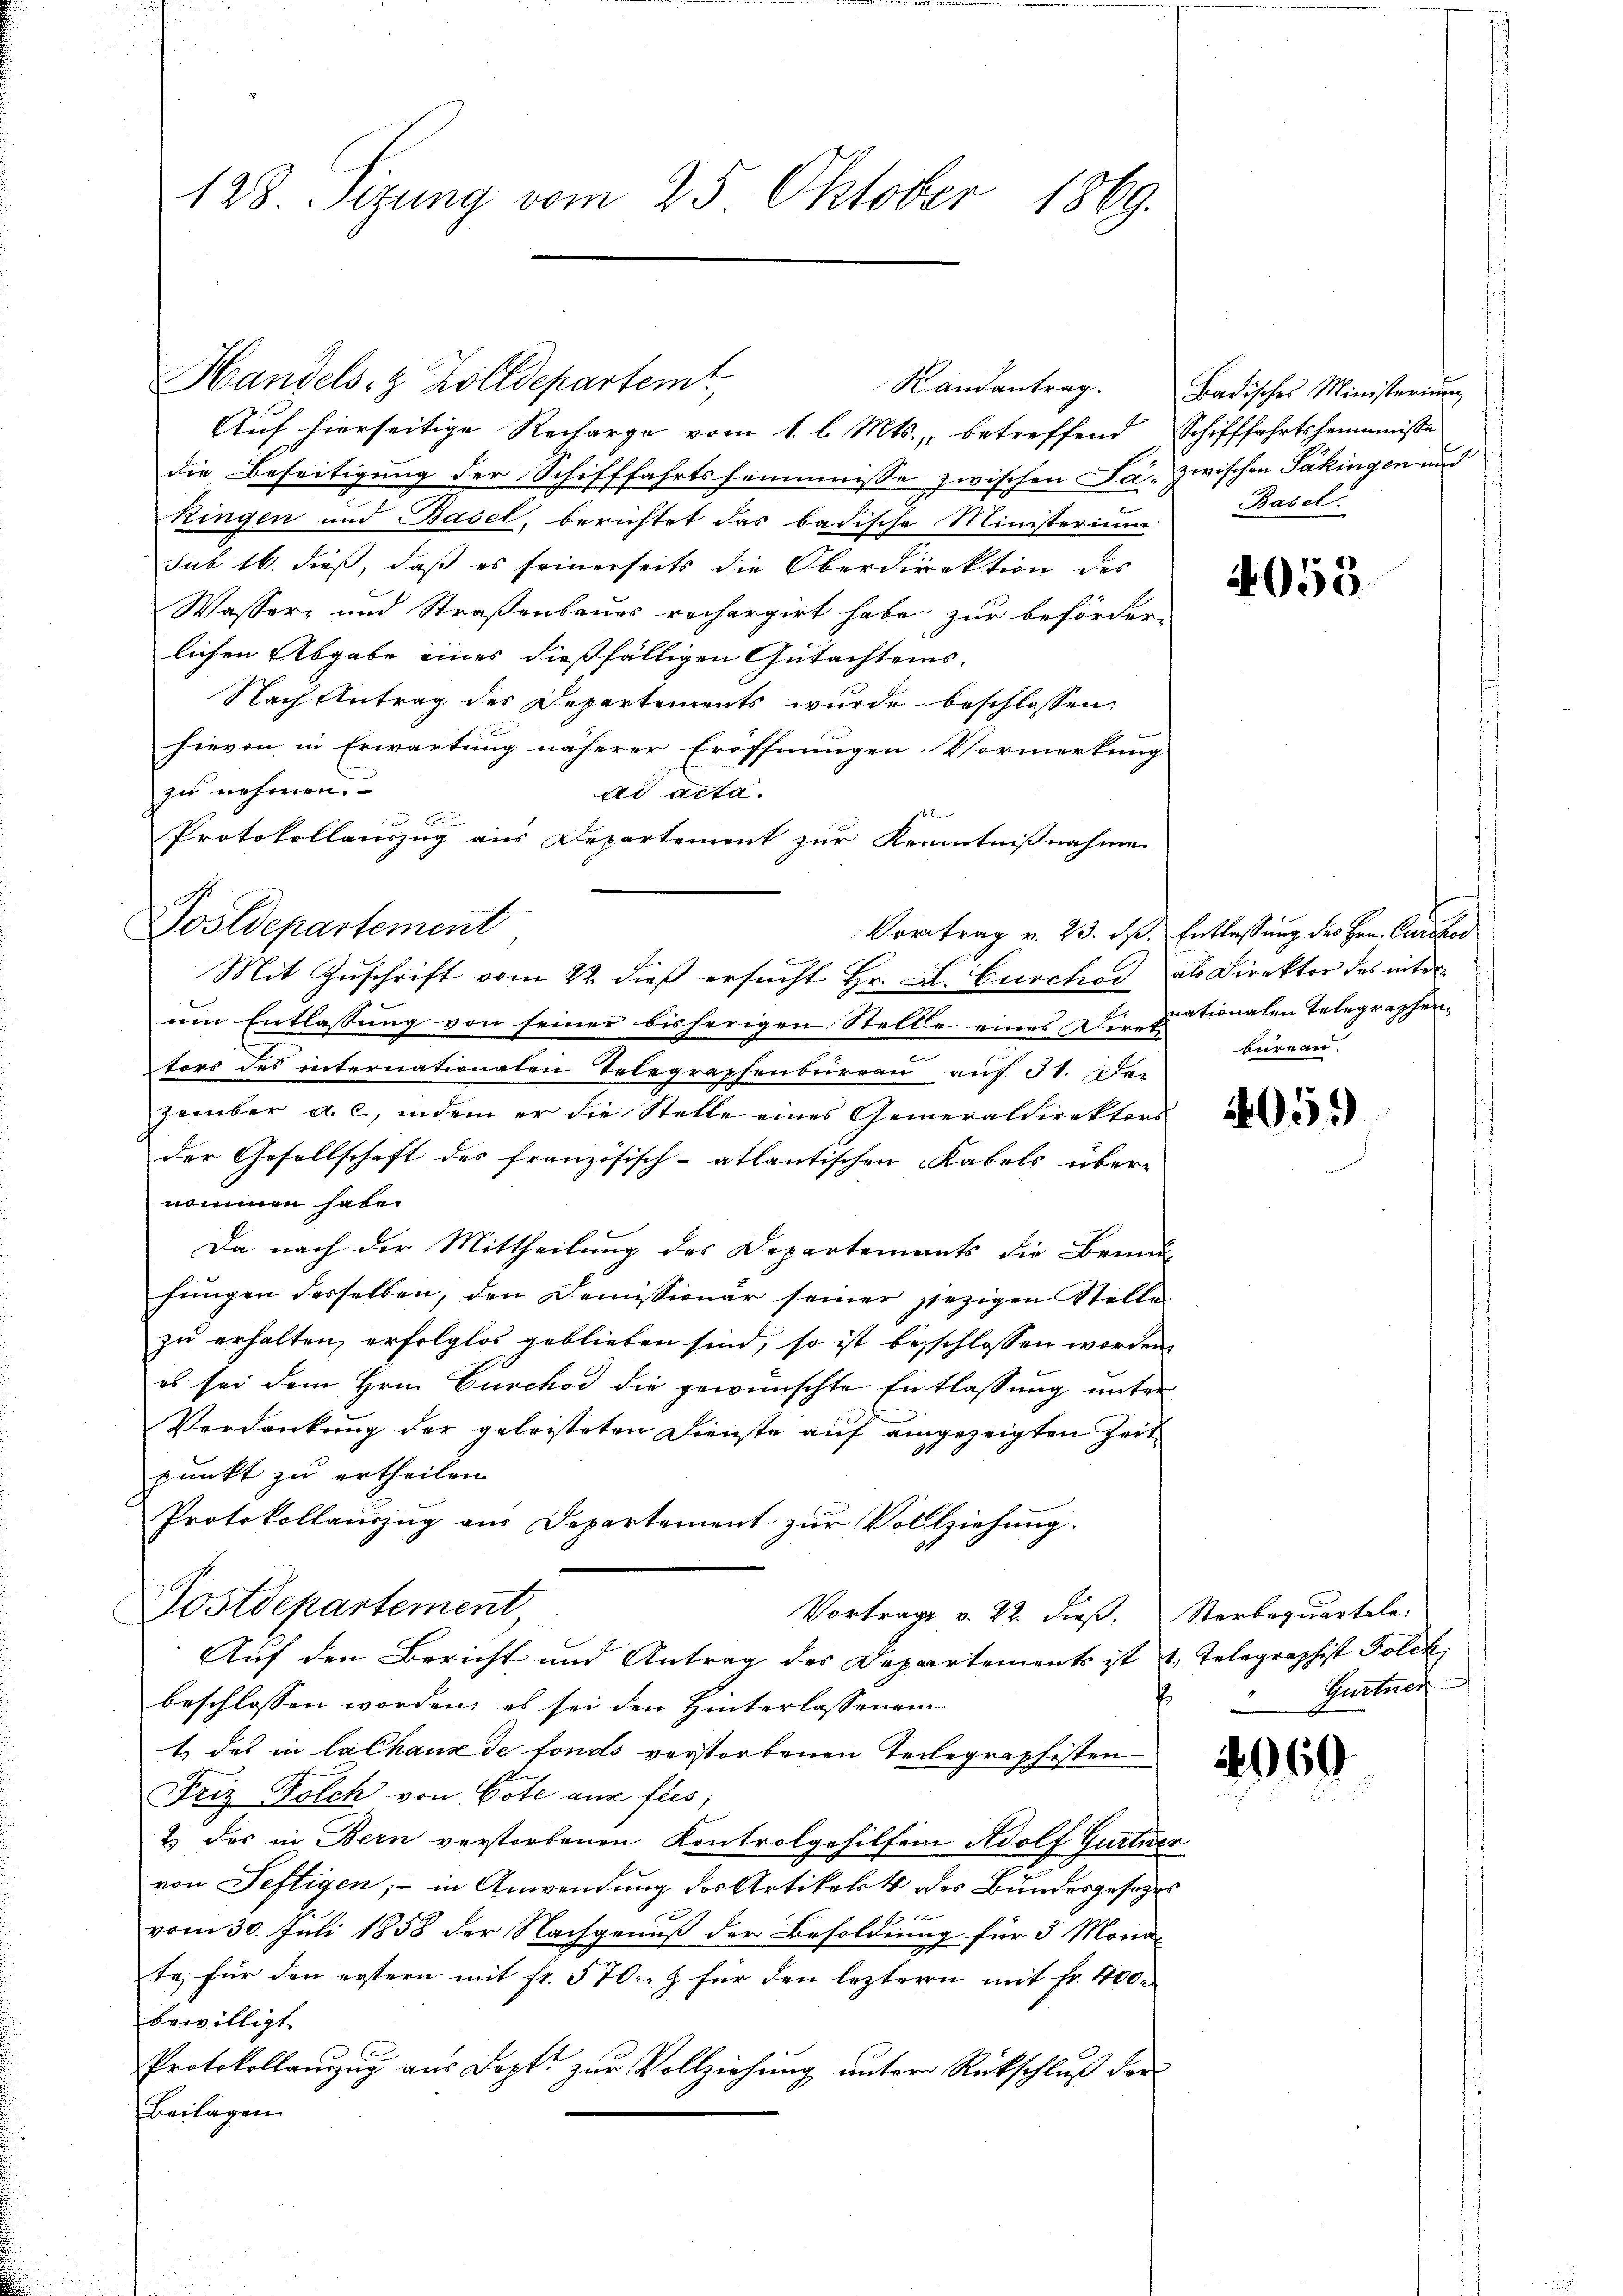
128 Tizung vom 25. Oktober 1869.

Handels- & Zolldepartemt,
Auf hierseitige Recharge vom 1. l. Mts., betreffend Schifffahrtsheimnisse
die Beseitigung der Schifffahrtsheimnisse zwischen Ja- zwischen Säkingen und
Ringen und Basel, berichtet das badische Ministerium
sub 16. dieß, daß es seinerseits die Oberdirektion des
Wasser- und Straßenbaues rechargirt habe zur beförder-
lichen Abgabe eines dießfälligen Gutachtens.
Nach Antrag des Departements wurde beschlossen:
hievon in Erwartung näherer Eröffnungen Vormerkung
zu nehmen.
ad acta.
162.

Protokollauszug aus Departement zur Kenntnißnahme
Postdepartement
Mit Zuschrift vom 22. dieß ersucht Hr. A. Curchod als Direktor des interam Entlassŭng von seiner bisherigen Stelle eines die grationalen Telegraphen-
tors des internationaten Telegraphenbureau auf 31. Der
zember a. c., indem er die Stelle eines Generaldirektors
der Gesellschaft des französisch-atlantischen Kabels über-
nommen habe.
Da nach der Mittheilung des Departements die Beund-
hungen desselben, den Demissionär seiner sezigen Stelle
zu erhalten, erfolglos geblieben sind, so ist beschlossen worden
es sei dem Hrn. Curchod die gewünschte Entlassung unter
Verdankung der geleisteten Dienste auf eingezeigten Zeit
punkt zu ertheilen.
Protokollauszug aus Departement zur Vollziehung.
Postdepartement
Vortrage v. 22. dieß. Sterbequartale:
Auf den Bericht und Antrag des Departements ist u. Telegraphist Folck,
beschlossen worden, es sei den Hinterlassenein
1. das in lalhaux de fonds verstorbenen Teilegraphisten
Friz Folch von Bote aus fles;
2.) Das in Bern verstorbenen Kontrolgehilfen Adolf Gurtner
von Seftigen; in Anwendung des Artikel 4 des Bundesgesezes
f
vom 30. Juli 1858 der Nachgenuß der Besoldung für 3 Monata, für den erstern mit fr. 570 & für den leztern mit Fr. 400.
bewilligt.
Protokollanzŭg aŭs Dopt. zŭr Vollziehŭng ŭnter Rückschlŭβ der
Beilagen

Randantrag. Badisches Ministerium
Basel.

4055

Vortrag v. 23. ds. Entlassung des Hrn. Curikor
bureau.

4059

Gurtner
P

2960